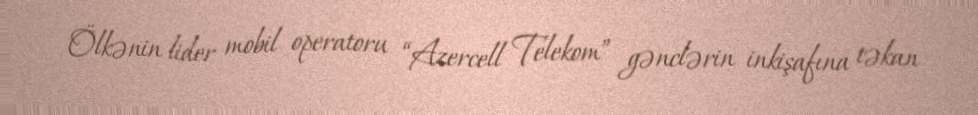
Ölkənin lider mobil operatoru “Azercell Telekom” gənclərin inkişafına təkan